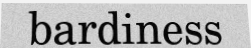
bardiness